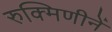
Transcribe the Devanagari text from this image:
रुक्मिणीनें